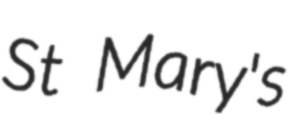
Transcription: St Mary's